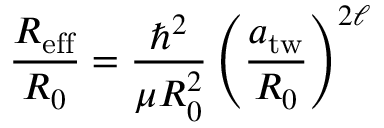
\begin{array} { r l r } { \lefteqn { \frac { R _ { \mathrm { e f f } } } { R _ { 0 } } = \frac { \hbar ^ { 2 } } { \mu R _ { 0 } ^ { 2 } } \left( \frac { a _ { \mathrm { t w } } } { R _ { 0 } } \right) ^ { 2 \ell } } } \end{array}